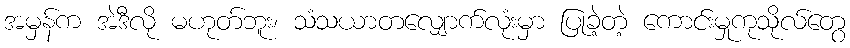
အမှန်က အဲဒီလို မဟုတ်ဘူး၊ သံသယာတလျှောက်လုံးမှာ ပြုခဲ့တဲ့ ကောင်းမှုကုသိုလ်တွေ